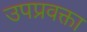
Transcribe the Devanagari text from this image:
उपप्रवक्ता